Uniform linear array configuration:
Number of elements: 64
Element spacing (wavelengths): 0.75
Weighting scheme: hamming
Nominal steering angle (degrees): -30
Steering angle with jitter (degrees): -29.48
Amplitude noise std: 0.05
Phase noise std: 0.05

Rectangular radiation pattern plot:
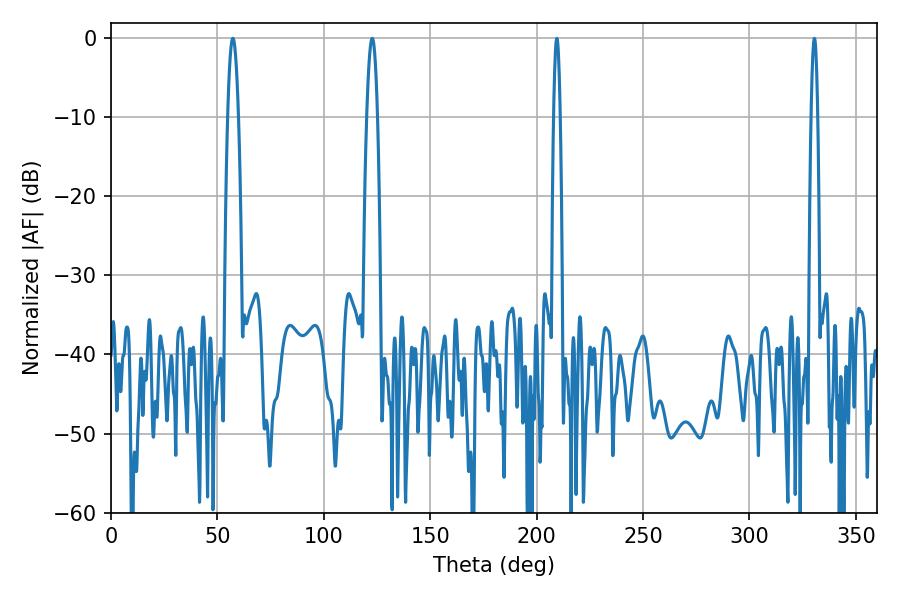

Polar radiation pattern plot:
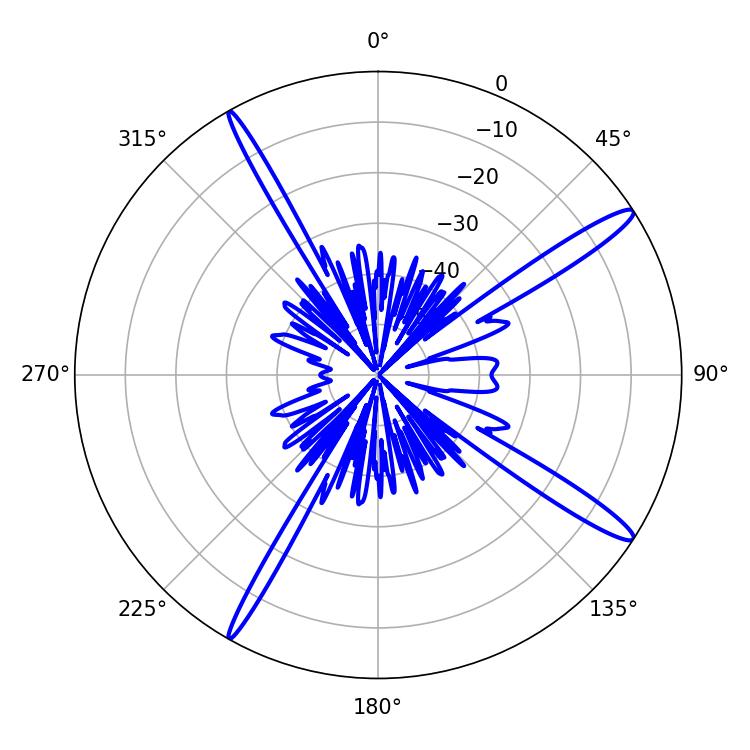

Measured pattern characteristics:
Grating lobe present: TRUE
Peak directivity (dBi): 15.457
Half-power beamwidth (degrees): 2.7
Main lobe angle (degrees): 57.24